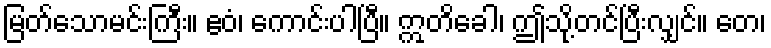
မြတ်သောမင်းကြီး။ ဧဝံ၊ ကောင်းပါပြီ။ ဣတိခေါ၊ ဤသို့တင်ပြီးလျှင်။ တေ၊